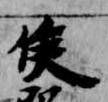
侯